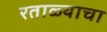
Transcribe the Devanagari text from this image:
रताळ्याचा